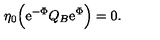
\eta _ { 0 } \Bigl ( \mathrm { e } ^ { - \Phi } Q _ { B } \mathrm { e } ^ { \Phi } \Bigr ) = 0 .